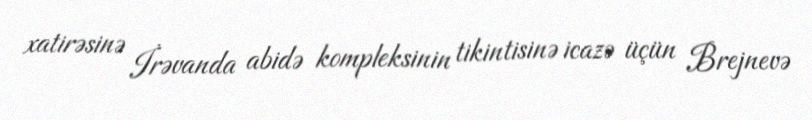
xatirəsinə İrəvanda abidə kompleksinin tikintisinə icazə üçün Brejnevə